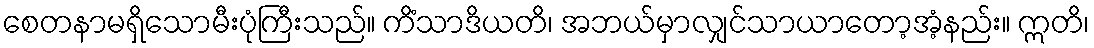
စေတနာမရှိသောမီးပုံကြီးသည်။ ကိံသာဒိယတိ၊ အဘယ်မှာလျှင်သာယာတော့အံ့နည်း။ ဣတိ၊